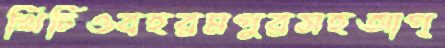
খিচিওবহরমপুরসহআপ্